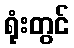
ရုံးတွင်